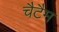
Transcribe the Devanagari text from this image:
चैटैम